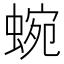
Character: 蜿